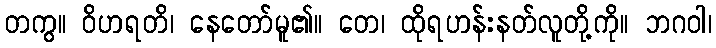
တကွ။ ဝိဟရတိ၊ နေတော်မူ၏။ တေ၊ ထိုရဟန်းနတ်လူတို့ကို။ ဘဂဝါ၊